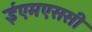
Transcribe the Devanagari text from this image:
ईएमएससी